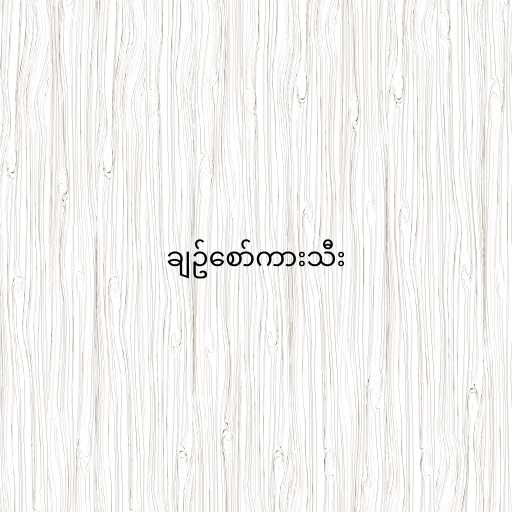
ချဥ်စော်ကားသီး